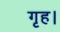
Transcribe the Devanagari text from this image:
गृह।